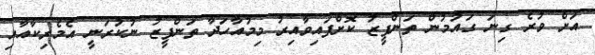
އަށް ވުރެ ގިނަ ގައުމުން ތަންފީޒު ކޮށްފައިވާއިރު މިމުއާހަދާ ތަންފީޒު ނުކުރަނީ އެމެރިކާއާއި